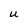
Character: u